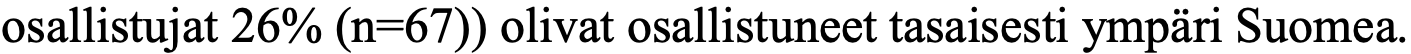
osallistujat 26% (n=67)) olivat osallistuneet tasaisesti ympäri Suomea.